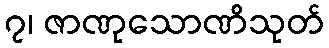
၇၊ ဇာဏုသောဏိသုတ်